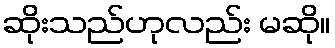
ဆိုးသည်ဟုလည်း မဆို။